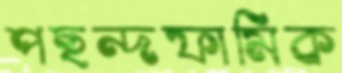
পছন্দফামিক